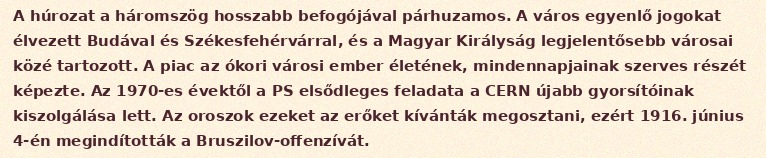
A húrozat a háromszög hosszabb befogójával párhuzamos. A város egyenlő jogokat élvezett Budával és Székesfehérvárral, és a Magyar Királyság legjelentősebb városai közé tartozott. A piac az ókori városi ember életének, mindennapjainak szerves részét képezte. Az 1970-es évektől a PS elsődleges feladata a CERN újabb gyorsítóinak kiszolgálása lett. Az oroszok ezeket az erőket kívánták megosztani, ezért 1916. június 4-én megindították a Bruszilov-offenzívát.